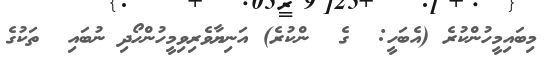
މިބައިމީހުންކުރެ (އެބަހީ:  ގެ  ންކުރެ) އަނިޔާވެރިވިމީހުންހޯދި ނުބައި  ތަކުގެ